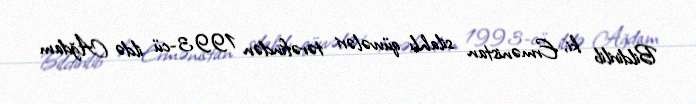
Bildirilib ki, Ermənistan silahlı qüvvələri tərəfindən 1993-cü ildə Ağdam